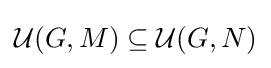
{\mathcal {U}}(G,M)\subseteq {\mathcal {U}}(G,N)